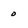
Character: 0